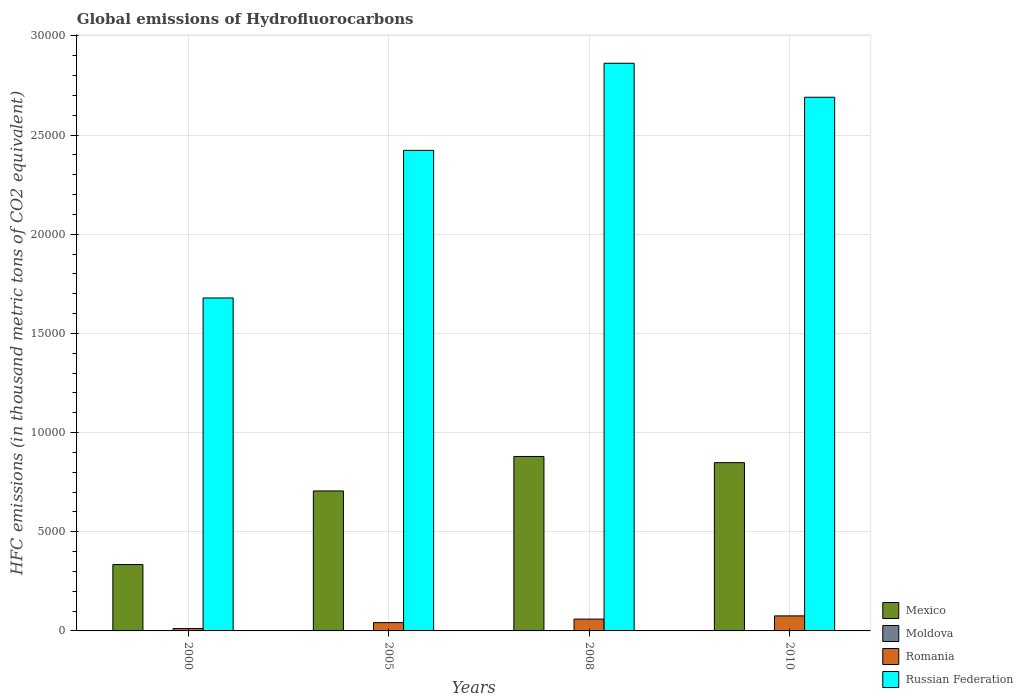
| Years | Mexico | Moldova | Romania | Russian Federation |
 | --- | --- | --- | --- | --- |
 | 2000 | 3.35e+03 | 1.9 | 118 | 1.68e+04 |
 | 2005 | 7.06e+03 | 8 | 419 | 2.42e+04 |
 | 2008 | 8.8e+03 | 11.3 | 596 | 2.86e+04 |
 | 2010 | 8.48e+03 | 14 | 758 | 2.69e+04 |